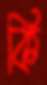
কি